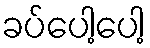
ခပ်ပေါ့ပေါ့